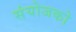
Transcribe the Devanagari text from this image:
संयोजको